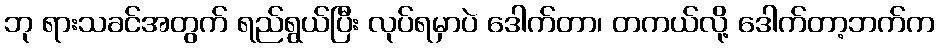
ဘု ရားသခင်အတွက် ရည်ရွယ်ပြီး လုပ်ရမှာပဲ ဒေါက်တာ၊ တကယ်လို့ ဒေါက်တာ့ဘက်က